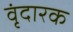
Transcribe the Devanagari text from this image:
वृंदारक